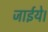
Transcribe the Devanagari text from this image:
जाईये।